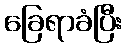
ခြေရာခံပြီး